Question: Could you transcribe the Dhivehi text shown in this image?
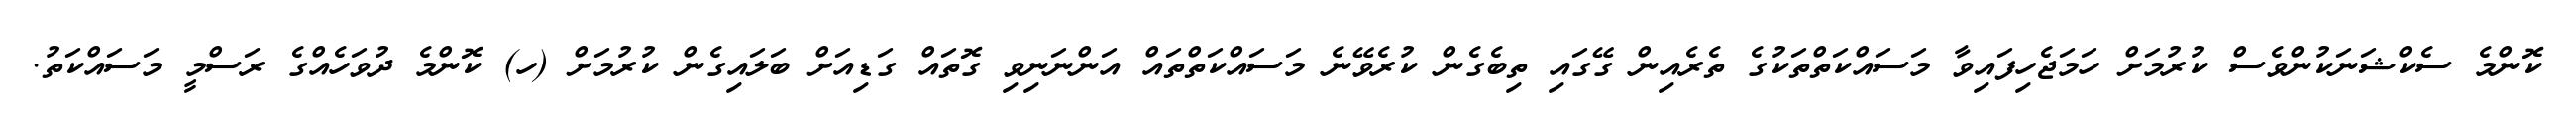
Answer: ކޮންމެ ސެކްޝަނަކުންވެސް ކުރުމަށް ހަމަޖެހިފައިވާ މަސައްކަތްތަކުގެ ތެރެއިން ގޭގައި ތިބެގެން ކުރެވޭނެ މަސައްކަތްތައް އަންނަނިވި ގޮތައް ގަޑިއަށް ބަލައިގެން ކުރުމަށް (ހ) ކޮންމެ ދުވަހެއްގެ ރަސްމީ މަސައްކަތު.